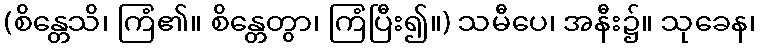
(စိန္တေသိ၊ ကြံ၏။ စိန္တေတွာ၊ ကြံပြီး၍။) သမီပေ၊ အနီး၌။ သုခေန၊